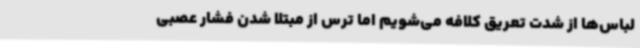
لباس‌ها از شدت تعریق کلافه می‌شویم اما ترس از مبتلا شدن فشار عصبی